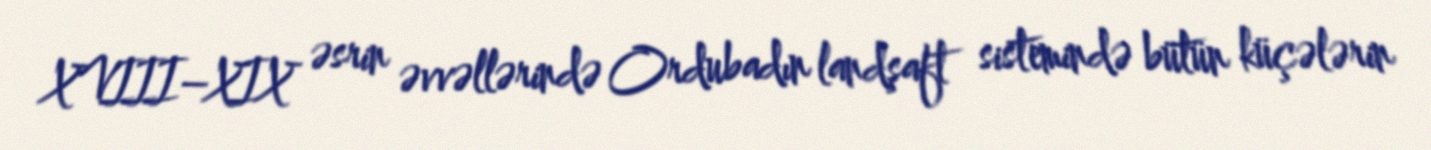
XVIII–XIX əsrin əvvəllərində Ordubadın landşaft sistemində bütün küçələrin